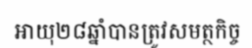
អាយុ២៨ឆ្នាំបានត្រូវសមត្ថកិច្ច